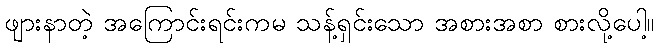
ဖျားနာတဲ့ အကြောင်းရင်းကမ သန့်ရှင်းသော အစားအစာ စားလို့ပေါ့။